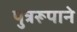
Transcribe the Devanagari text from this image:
पुत्ररूपाने